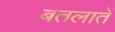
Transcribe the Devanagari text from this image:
बतलातें